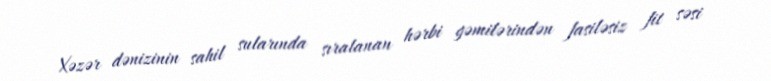
Xəzər dənizinin sahil sularında sıralanan hərbi gəmilərindən fasiləsiz fit səsi